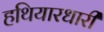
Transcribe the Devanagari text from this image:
हथियारधारी